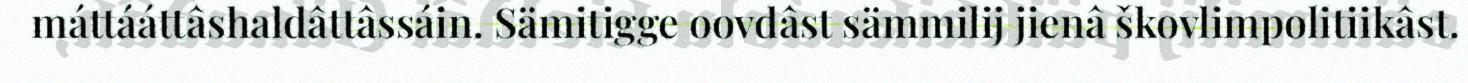
máttááttâshaldâttâssáin. Sämitigge oovdâst sämmilij jienâ škovlimpolitiikâst.